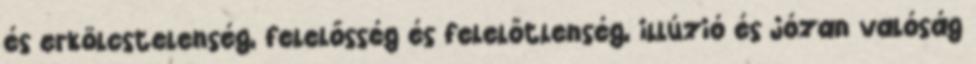
és erkölcstelenség, felelősség és felelőtlenség, illúzió és józan valóság